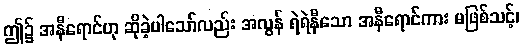
ဤ၌ အနီရောင်ဟု ဆိုခဲ့ပါသော်လည်း အလွန် ရဲရဲနီသော အနီရောင်ကား မဖြစ်သင့်၊